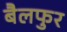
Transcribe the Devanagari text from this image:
बैलफुर